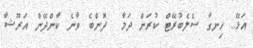
އަޅޭ.. ހިނގާ ސެލެބުރޭޓް ކުރަން ދަމާ  ދޮންބެ ވާނެ ކާންދޭން އަރޫޝާ